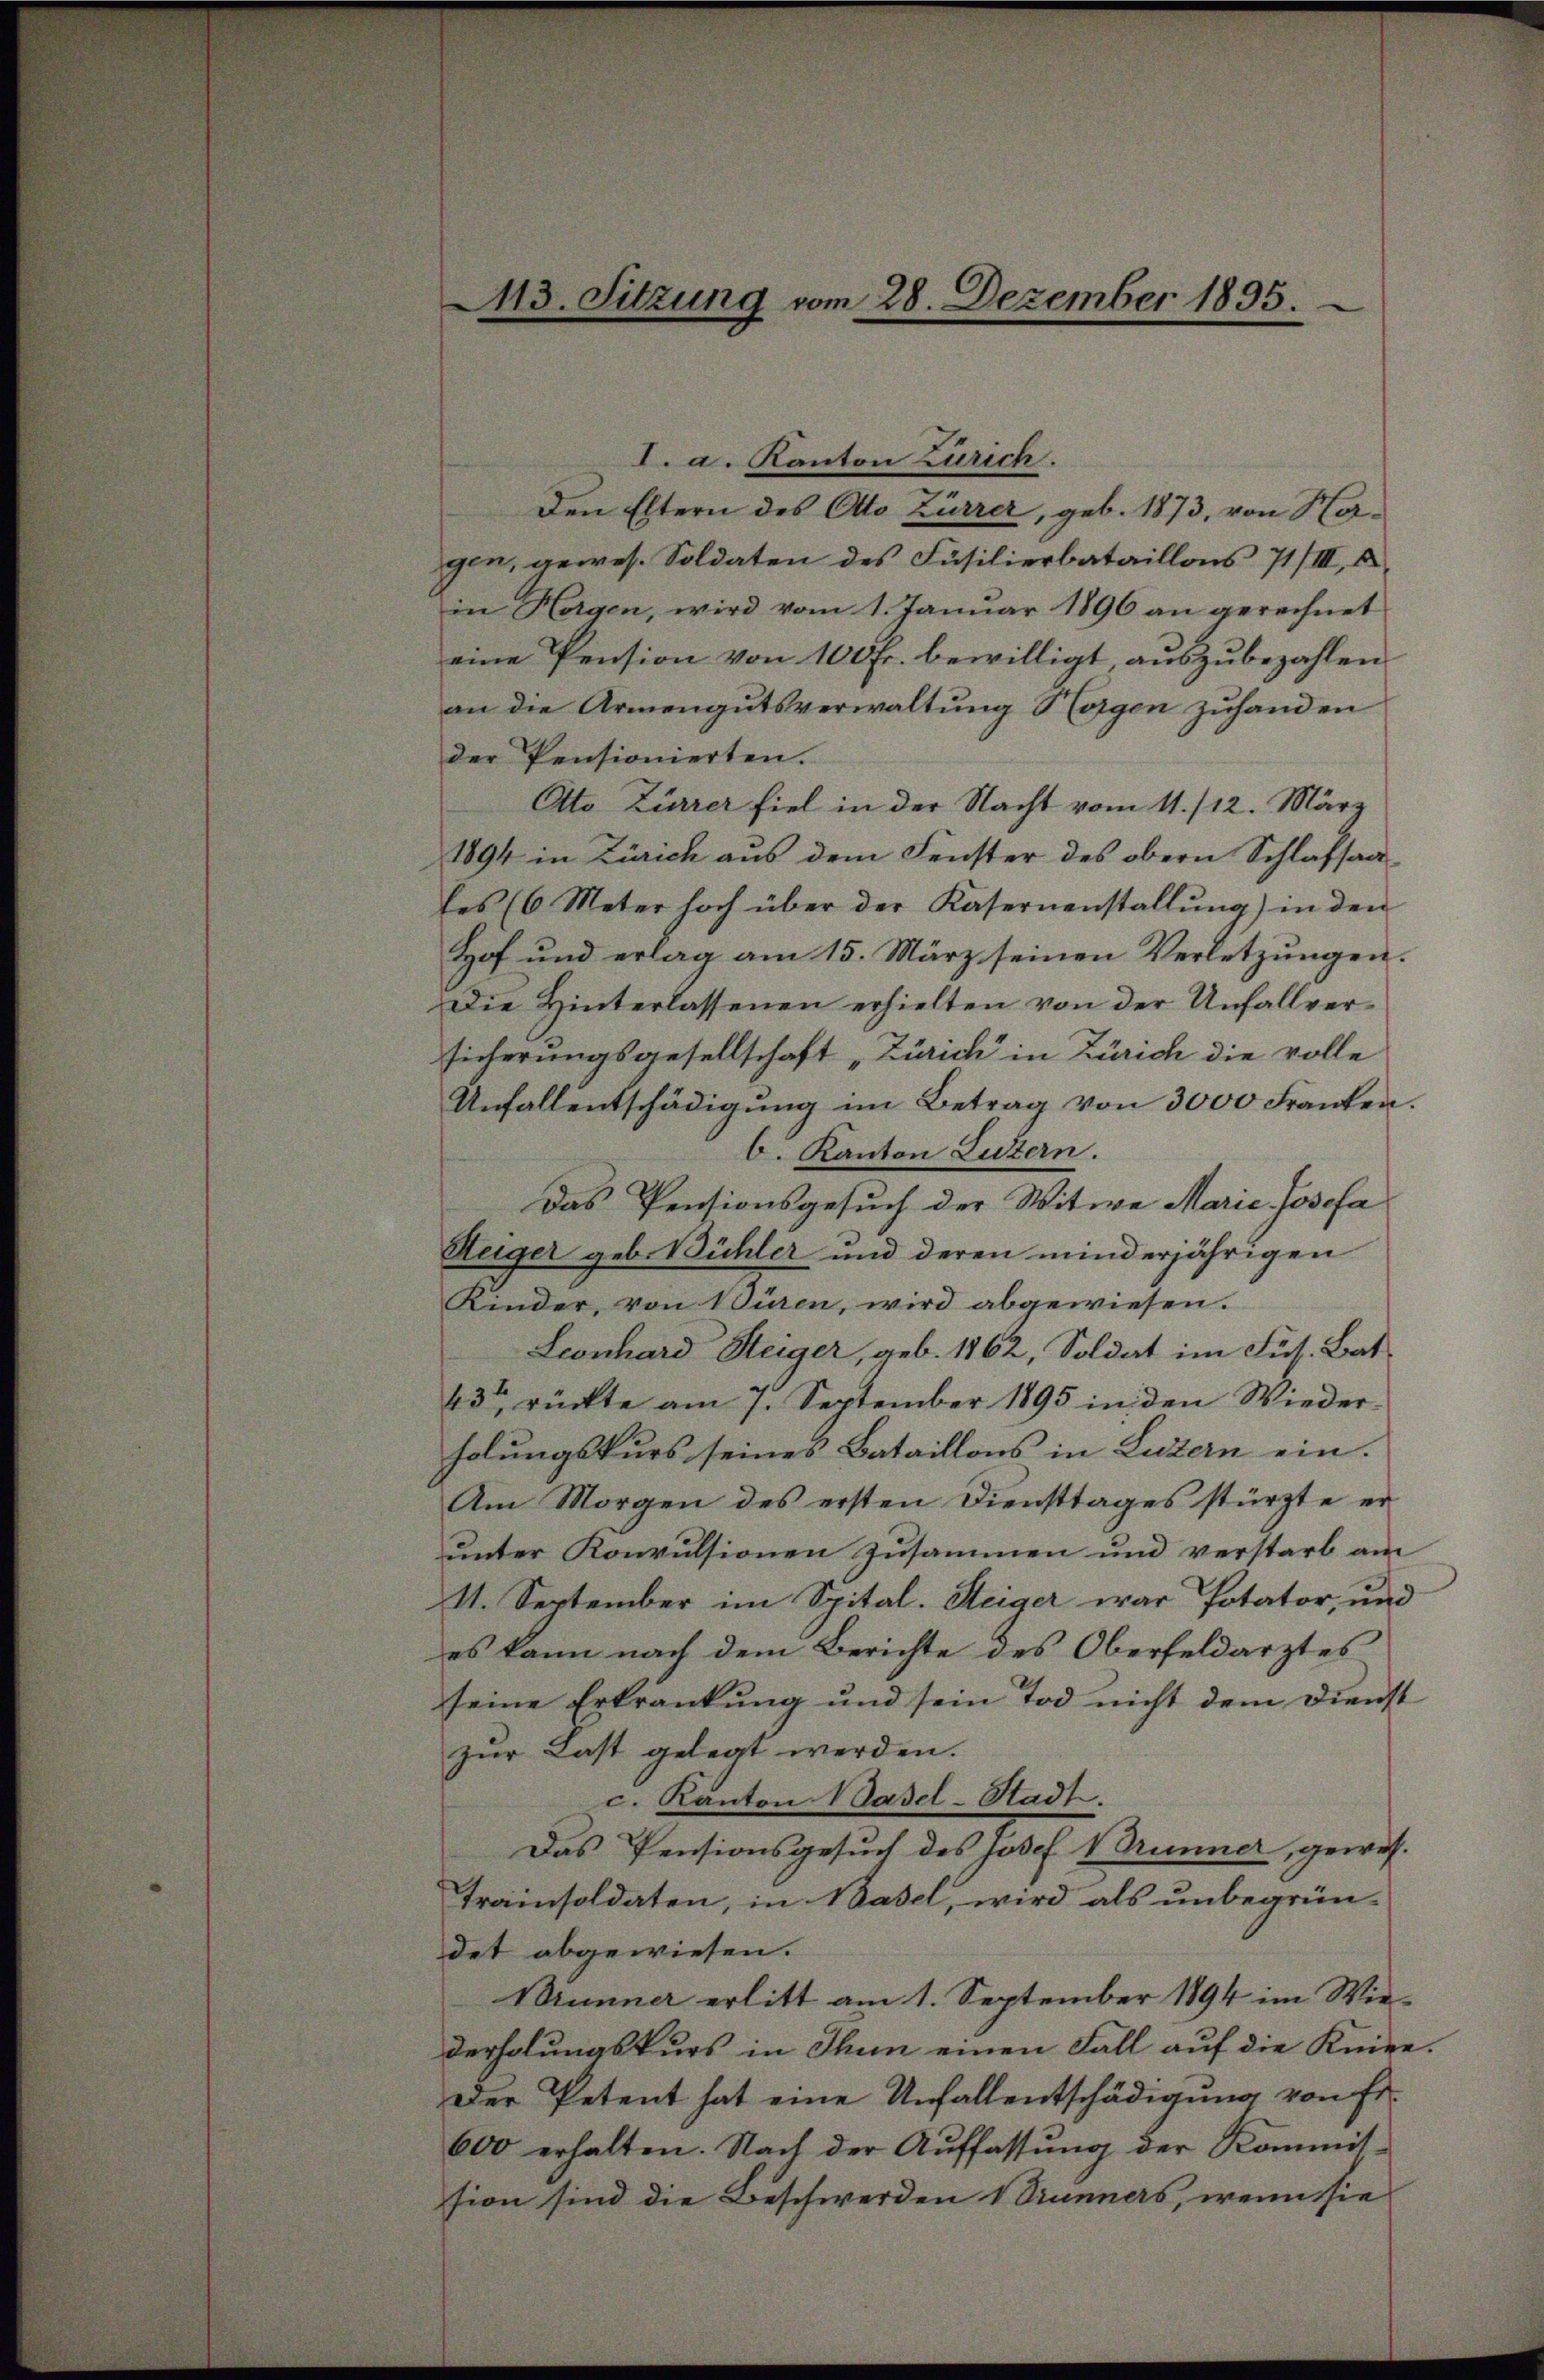
13. Sitzung vom 28. Dezember 1895.

I. a. Kanton Zürich.
Den Eltern des Otto Zürrer, geb. 1873, von Horgen, gewes. Soldaten des Füsilierbataillons 71/III, 2.
in Horgen, wird vom 1. Januar 1896 an gerechnet
eine Pension von 100 Fr. bewilligt, auszubezahlen.
an die Armengutsverwaltung Horgen zuhanden
der Pensionierten.
Ato Zürrer fiel in der Nacht vom 11./12. März
1894 in Zürich aus dem Fenster des obern Schlafsaa
les (6 Meter hoch über der Kasernenstallung) in den
Hof und erlag am 15. März seinen Verletzungen.
Die Hinterlassenen erhielten von der Unfallversicherungsgesellschaft „Zürich in Zürich die volle
Unfallentschädigung im Betrag von 3000 Franken.
b. Kanton Lutern.
Das Pensionsgesuch der Witwe Marie Josefa
Steiger geb. Bühler und deren minderjährigen
Kinder, von Nüren, wird abgewiesen.
Leonhard Steiger, geb. 1862, Soldat im Fut. Bat.
43t rückte am 7. September 1895 in den Wieder-
holungskurs seines Bataillons in Luzern ein.
Am Morgen des ersten Diensttages stürzte er
unter Konvulsionen zusammen und verstarb am
11. September im Spital. Steiger war Potator, und
es kann nach dem Berichte des Oberfeldarztes
seine Erkrankung und sein Tod nicht dem Dienst
zŭr Last gelegt werden.
c. Kanton Basel-Stadt.
Das Pensionsgesuch des Josef Brunner, gewis-
Trainsoldaten, in Basel, wird als unbegrün-
det abgewiesen.
Brunner erlitt am 1. September 1894 im Wiederholungskurs in Thun einen Fall auf die Kniee.
Der Petent hat eine Unfallentschädigung von Er¬
600 erhalten. Nach der Auffassung der Kommis-
sion sind die Beschwerden Brunners, wenn sie